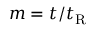
m = t / t _ { \mathrm { R } }